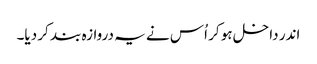
اندر داخل ہو کر اُس نے یہ دروازہ بند کر دیا۔